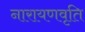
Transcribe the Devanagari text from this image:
नारायणवृति